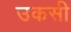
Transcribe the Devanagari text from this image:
उकसी